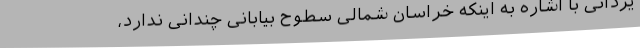
یزدانی با اشاره به اینکه خراسان شمالی سطوح بیابانی چندانی ندارد،